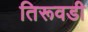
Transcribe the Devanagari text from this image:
तिरूवडी